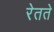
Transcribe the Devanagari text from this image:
रेतते